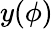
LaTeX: y(\phi)